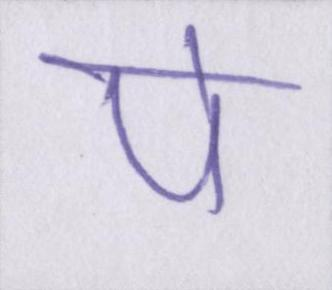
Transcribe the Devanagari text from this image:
पे